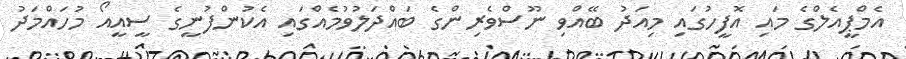
އެމްޕީއެލްގެ މައި އޮފީހުގައި މިއަދު ބޭއްވި ނޫސްވެރިންގެ ބައްދަލުވުމެއްގައި އެކުންފުނީގެ ސީއީއޯ މުހައްމަދު